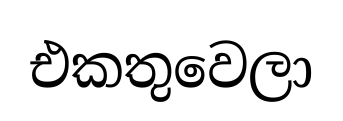
එකතුවෙලා